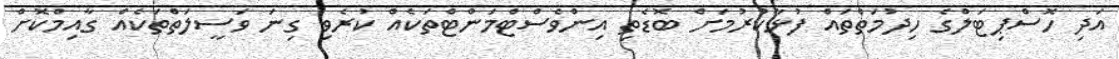
އަދި ހޮސްޕިޓަލްގެ ހިދުމަތްތައް ފުޅާކުރުމަށް ބޮޑެތި އިންވެސްޓްމަންޓްތަކެއް ކުރެވި ގިނަ ވަސީލަތްތަކެއް ގާއިމްކޮށް